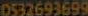
0532693699